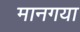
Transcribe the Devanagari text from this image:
मानगया